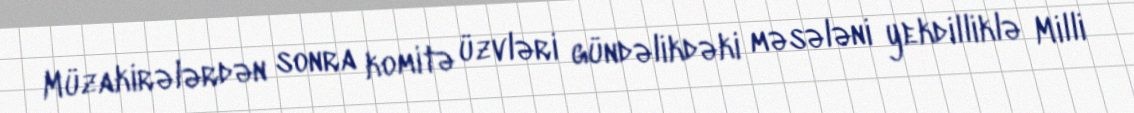
Müzakirələrdən sonra komitə üzvləri gündəlikdəki məsələni yekdilliklə Milli